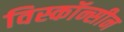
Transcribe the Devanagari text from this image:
विस्कॉन्सीन